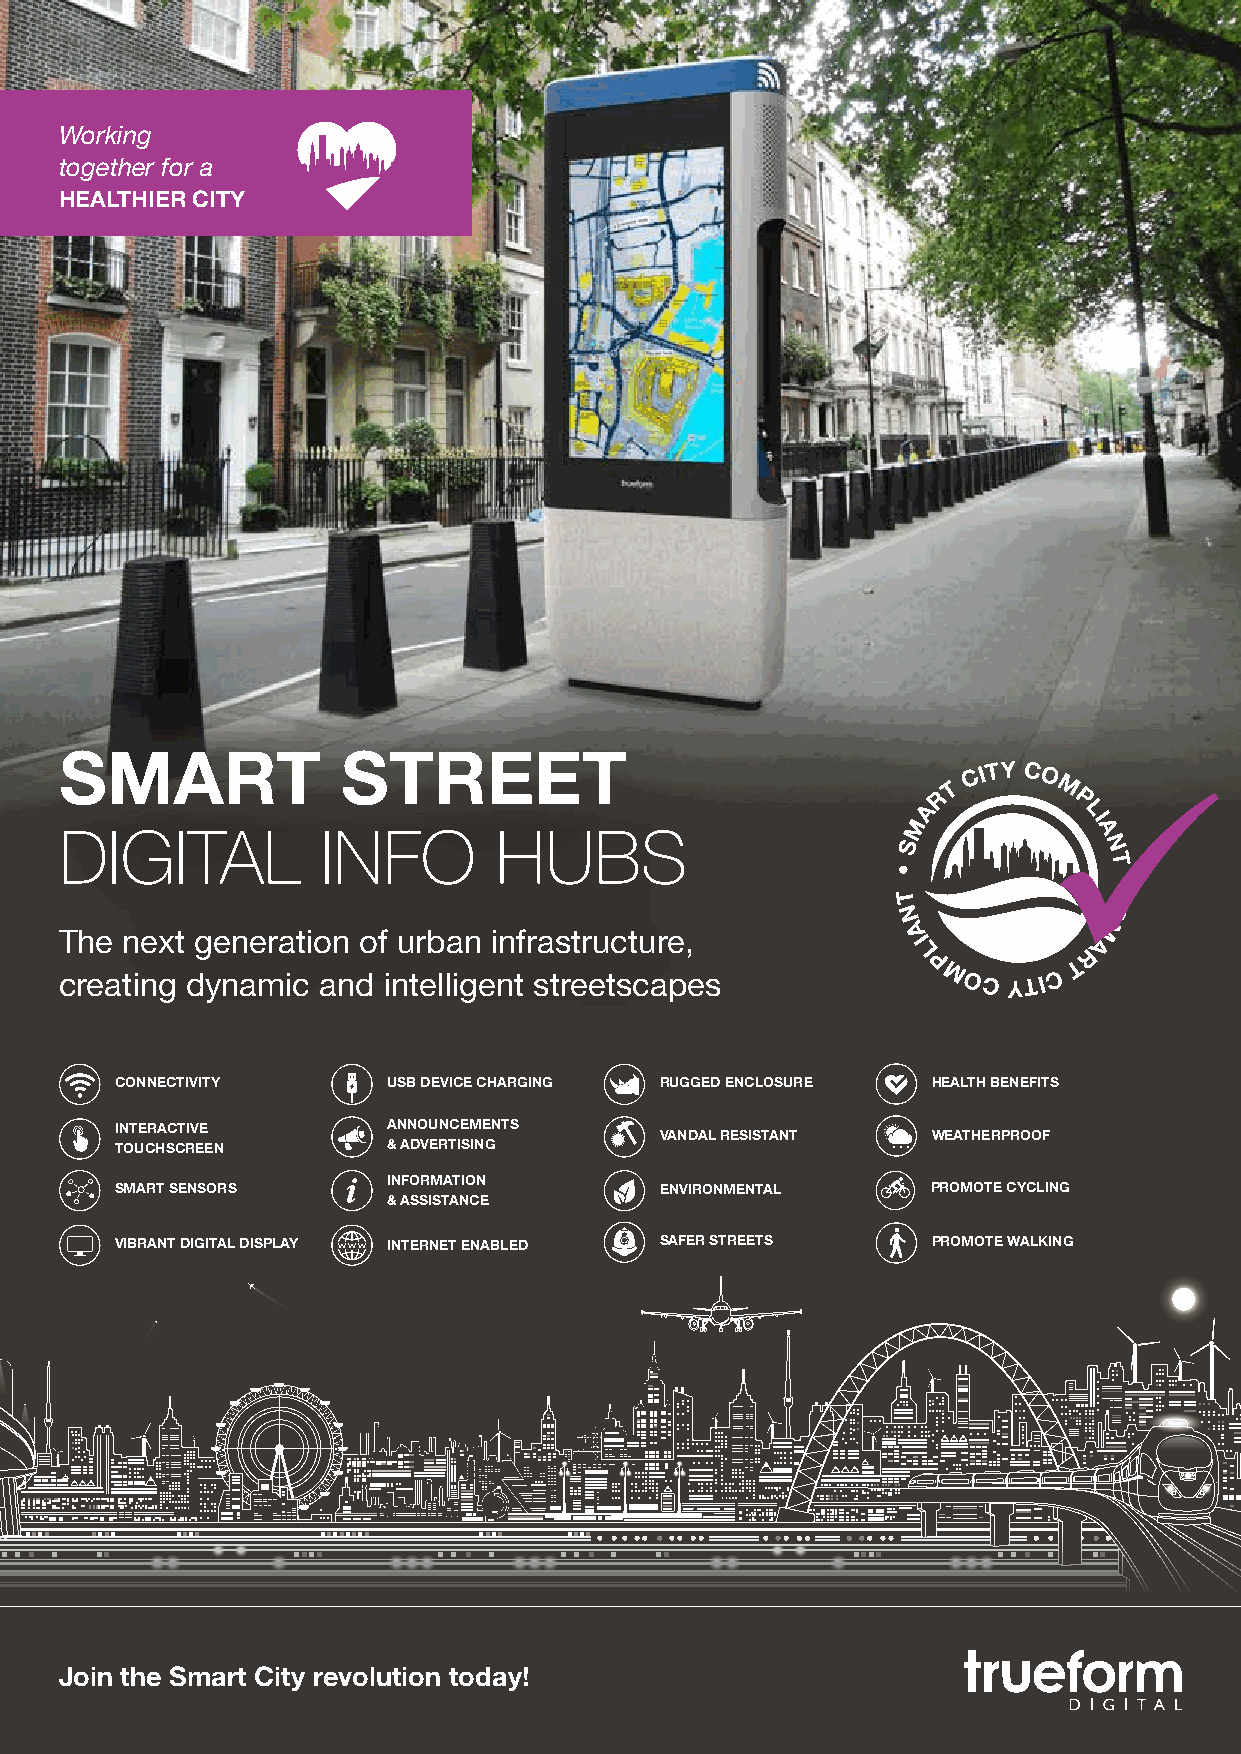
Working
 together for a
 HEALTHIER CITY
 SMART              STREET
 R T
 C ITY C O
 M P
 A          L
 M           I
 A
 DIGITAL          INFO        HUBS                       S            N
 T
 •
 •
 T
 S
 N
 M
 The next generation of urban infrastructure,            A I         A
 L          R
 P         T
 creating dynamic and intelligent streetscapes             MOC  YTI C
 CONNECTIVITY      USB DEVICE CHARGING RUGGED ENCLOSURE HEALTH BENEFITS
 INTERACTIVE       ANNOUNCEMENTS     VANDAL RESISTANT  WEATHERPROOF
 TOUCHSCREEN       & ADVERTISING
 INFORMATION
 SMART SENSORS                       ENVIRONMENTAL     PROMOTE CYCLING
 & ASSISTANCE
 VIBRANT DIGITAL DISPLAY INTERNET ENABLED SAFER STREETS PROMOTE WALKING
 Join the Smart City revolution today!